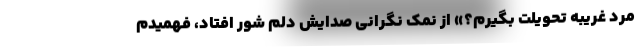
مرد غریبه تحویلت بگیرم؟» از نمک نگرانی صدایش دلم شور افتاد، فهمیدم